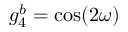
g _ { 4 } ^ { b } = \cos ( 2 \omega )